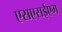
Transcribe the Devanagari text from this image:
एसएसईएम